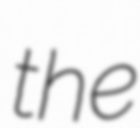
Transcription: the